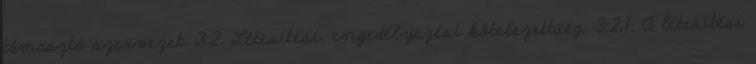
támasztó szervezet. 3.2. Létesítési, engedélyezési kötelezettség. 3.2.1. A létesítési